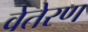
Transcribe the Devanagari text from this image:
वेतेरण